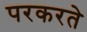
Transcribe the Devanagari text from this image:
परकरते